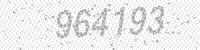
Solution: 964193